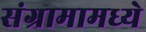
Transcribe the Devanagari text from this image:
संग्रामामध्ये